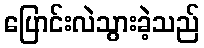
ပြောင်းလဲသွားခဲ့သည်